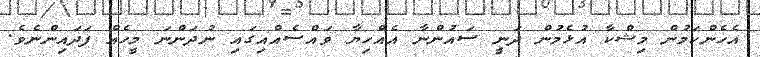
އެހެންކަމުން މިޝްކާ އުޅެމުން ދަނީ ސައުންނާ އެއްހިޔާ ވައްސެއްއިގައި ނުދަންނަ މީހެއް ފަދައިންނެވެ.